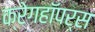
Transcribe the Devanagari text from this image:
क्रेगहॉपर्स